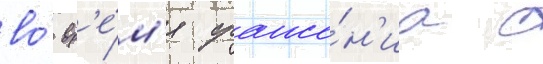
во́ вр'е́м'я сраже́н'иа с